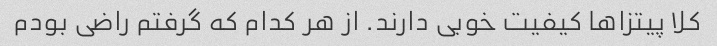
کلا پیتزاها کیفیت خوبی دارند. از هر کدام که گرفتم راضی بودم